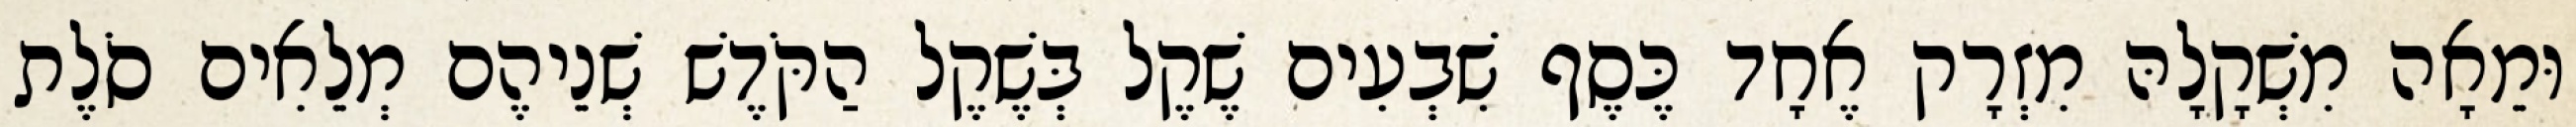
וּמֵאָה מִשְׁקָלָהּ מִזְרָק אֶחָד כֶּסֶף שִׁבְעִים שֶׁקֶל בְּשֶׁקֶל הַקֹּדֶשׁ שְׁנֵיהֶם מְלֵאִים סֹלֶת